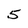
Character: 5